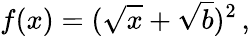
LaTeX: f(x)=(\sqrt{x}+\sqrt{b})^{2}\, ,